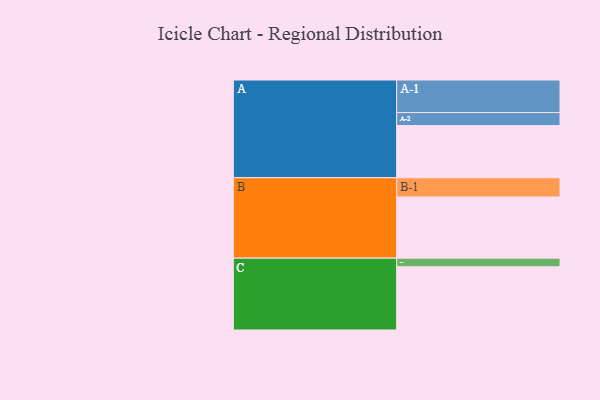
{"axis": {"x": "Segment", "y": "Value"}, "legend": ["", "A", "B", "C"], "data": [{"x": "A", "y": 429, "type": ""}, {"x": "B", "y": 503, "type": ""}, {"x": "C", "y": 520, "type": ""}, {"x": "A-1", "y": 268, "type": "A"}, {"x": "A-2", "y": 107, "type": "A"}, {"x": "B-1", "y": 158, "type": "B"}, {"x": "C-1", "y": 71, "type": "C"}]}